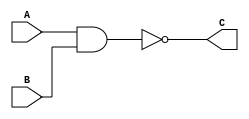
module nand_gate (A,B,C);
	input A;
	input B;
	output C;
	assign C = !(A & B);
endmodule